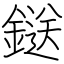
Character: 鎹